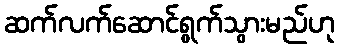
ဆက်လက်ဆောင်ရွက်သွားမည်ဟု